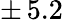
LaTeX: \pm\, 5.2